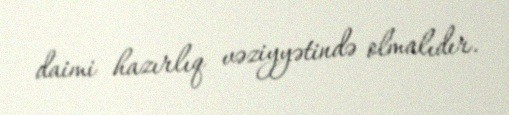
daimi hazırlıq vəziyyətində olmalıdır.